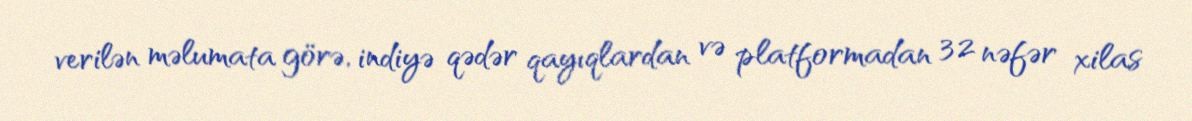
verilən məlumata görə, indiyə qədər qayıqlardan və platformadan 32 nəfər xilas